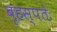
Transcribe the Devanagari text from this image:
बृहस्पतेः